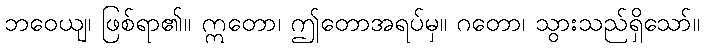
ဘဝေယျ၊ ဖြစ်ရာ၏။ ဣတော၊ ဤတောအရပ်မှ။ ဂတော၊ သွားသည်ရှိသော်။